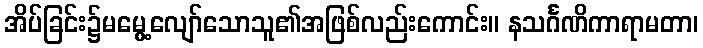
အိပ်ခြင်း၌မမွေ့လျော်သောသူ၏အဖြစ်လည်းကောင်း။ နသင်္ဂဏိကာရာမတာ၊